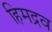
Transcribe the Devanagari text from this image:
हिमद्रव